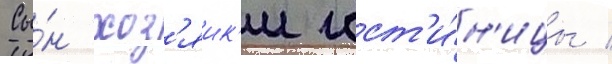
Сы́н хоз'яик'и гост'и́н'ицы /